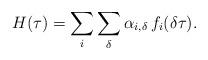
LaTeX: \begin{align*} H(\tau)= \sum_i \sum_\delta \alpha_{i,\delta} \, f_{i}(\delta \tau).\end{align*}